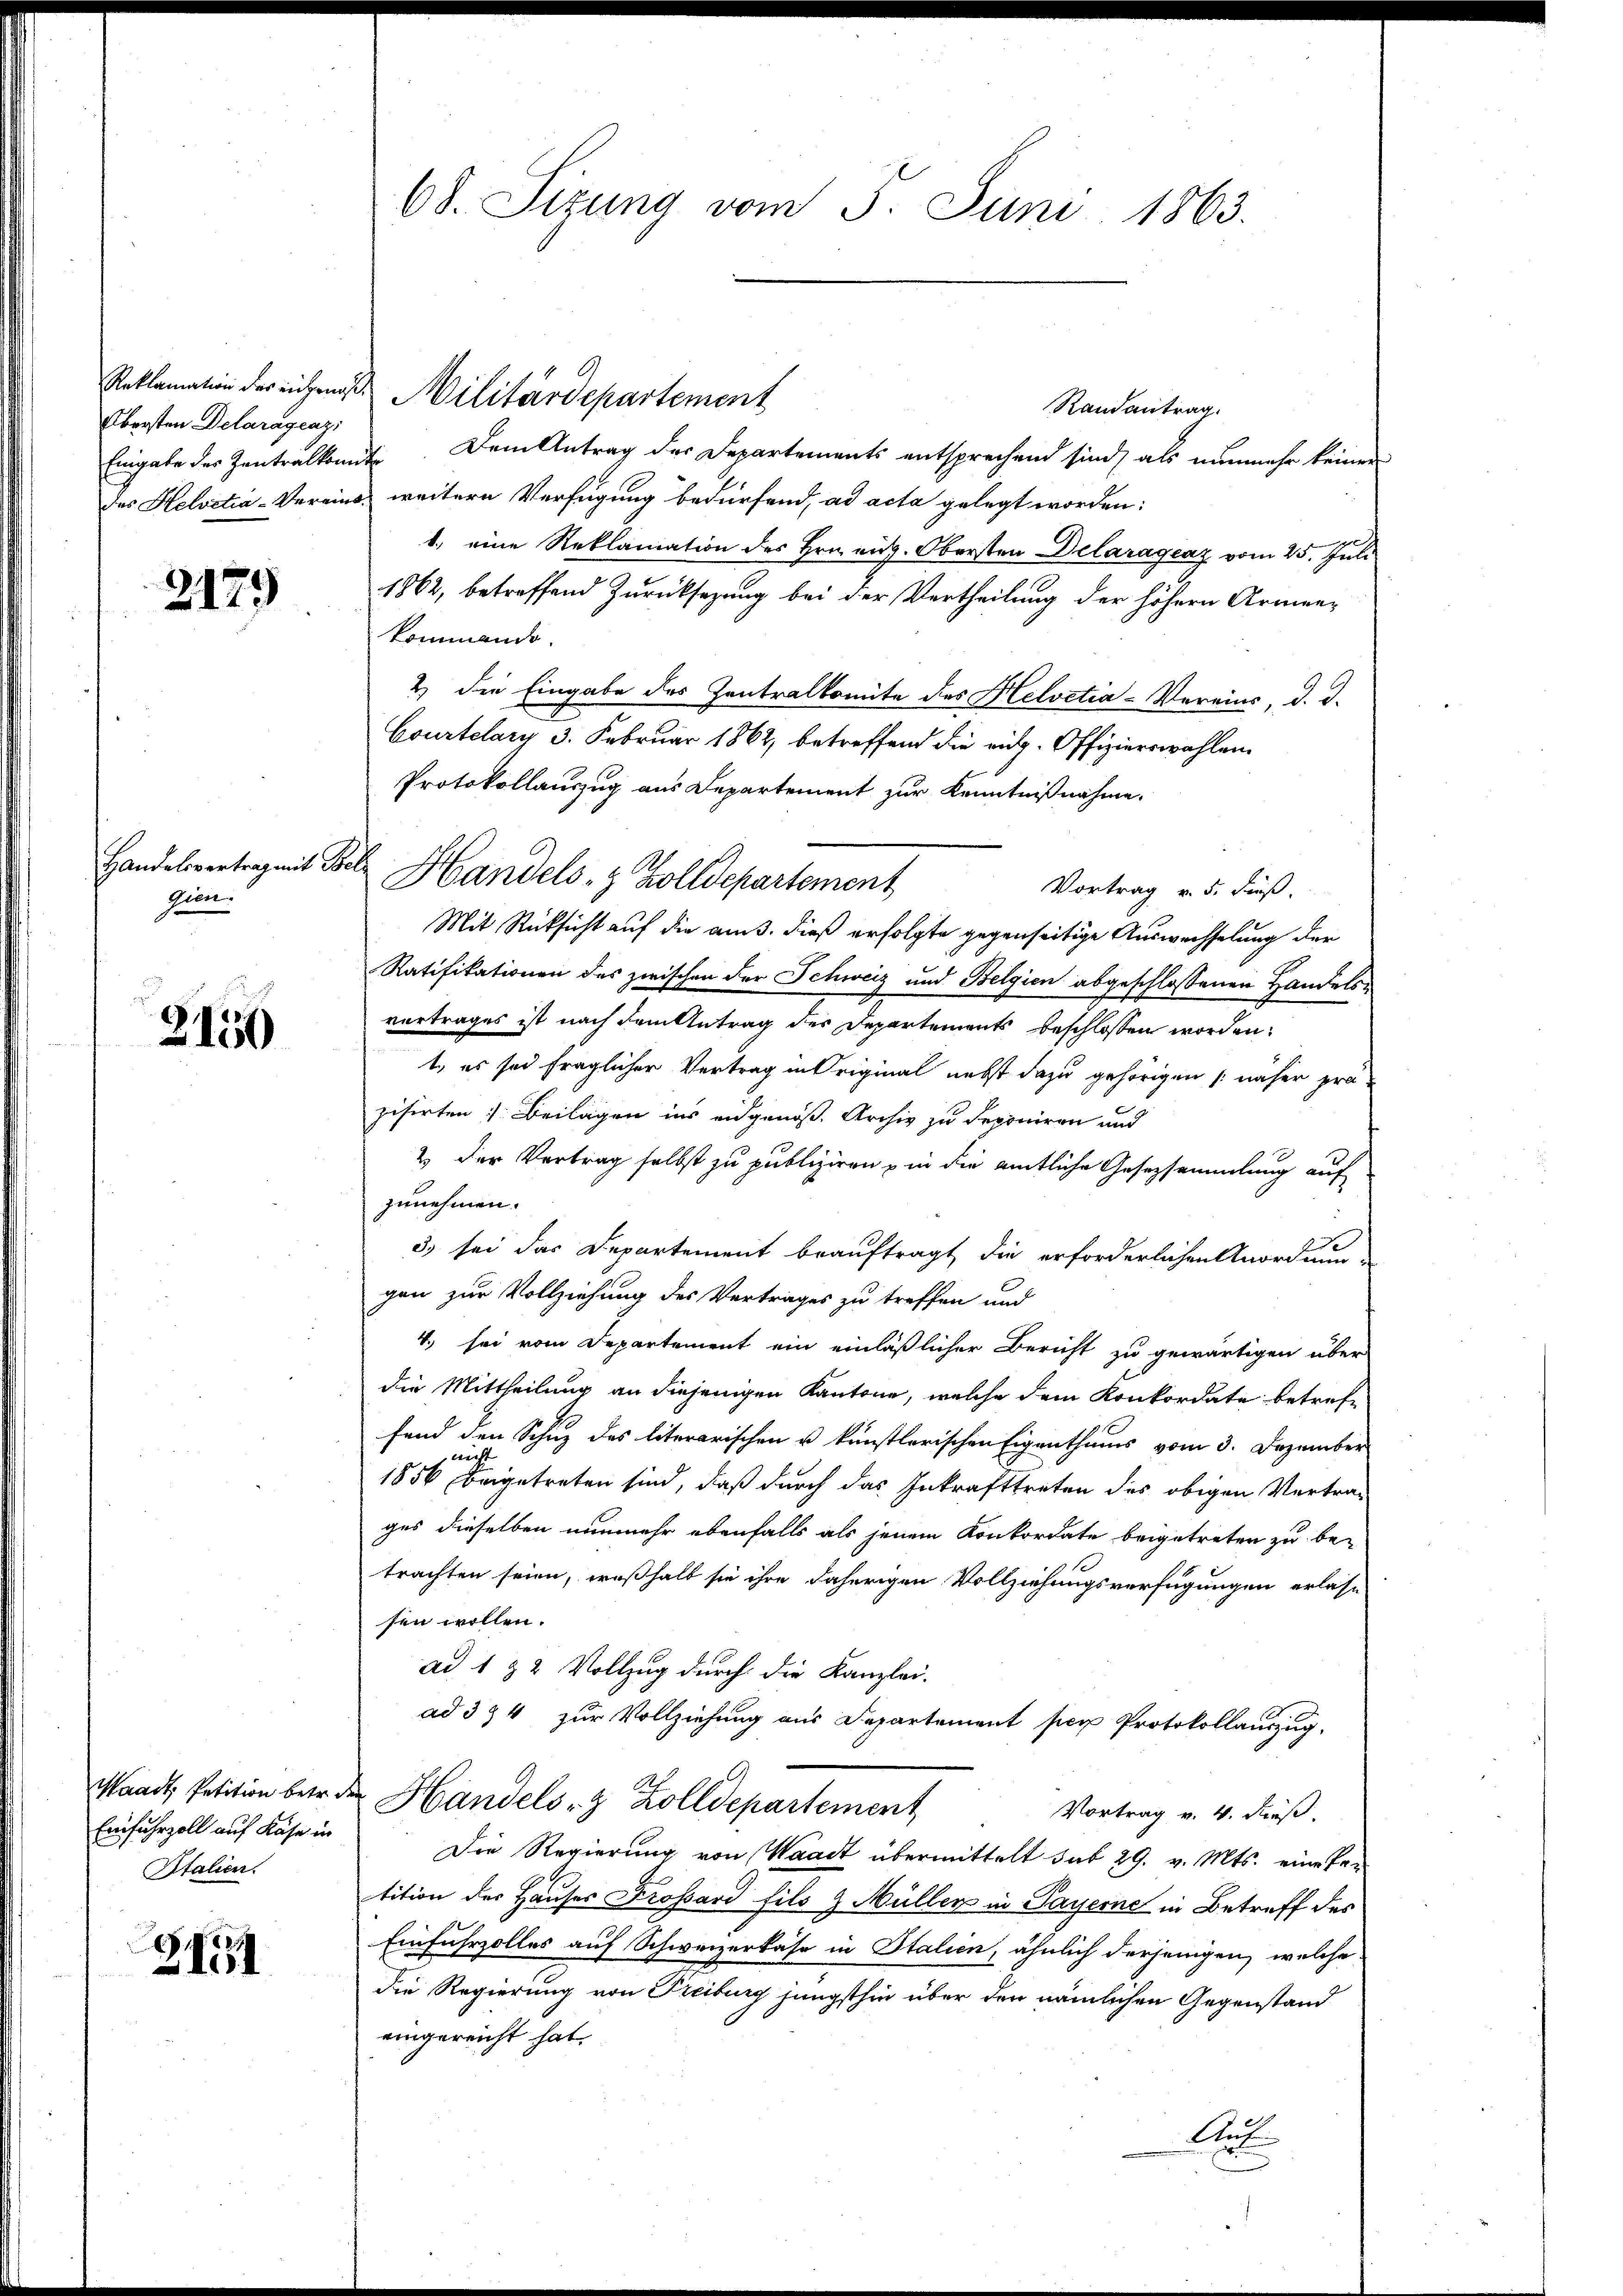
Obersten Delaragcazi

2179

Handelsvertrag mit Be
zem.

3150

Waadt, Petition betre
Einfuhrzoll auf Käse in
Italien.

24194

68. Sizung vom 5. Juni 1863.

Randantrag.
Eingabe des Zentralkont. Dem Antrag der Departements entsprechend sind, als nunmehr keiner
des Helvetia-Vereins weitern Verfügung bedürfend, ad acta gelegt worden:
1.) eine Reklamation des Hrn. eit. Obersten Delaragenz vom 25. Juli
1862, betreffend Zurücksezung bei der Vertheilung der höhern Armenkommando.
2.) Die Eingabe des Zentralkomite des Helvetia-Vereins, d. d.
Courtelary 3. Februar 1862, betreffend die eidg. Offizierswahlen
Protokollauszug aus Departement zur Kenntnißnahme.
 Handels- & Zolldepartement
Vortrag v. 5. Fuß.
Mit Rücksicht auf die am 3. dieß erfolgte gegenseitige Auswechselung der
Ratifikationen des zwischen der Schweiz und Belgien abgeschlossenen Handelsvortrages ist nach dem Antrag der Departements beschlossen worden.
t, es sei fraglicher Vertrag in Original nebst dazu gehörigen näher proziserten: Beilagen ins eidgenöß. Archiv zu deponiren und
2.) Der Vertrag selbst zu publiziren in die amtliche Gesezsammlung auf
zunehmen.
3) sei das Departement beauftragt, die erforderlichen Anordnun-
gen zur Vollziehung des Vertrages zu treffen und
4. sei vom Departement ein einläßlicher Bericht zu gewärtigen über
die Mittheilung an diejenigen Kantone, welche dem Konkordate betreffend den Schuz des literarischen u künstlerischen Eigenthums vom 3. Dezember
1856 beigetreten sind, daß durch das Inkrafttreten des obigen Vertra-
ges dieselben nunmehr ebenfalls als jenem Konkordate beigetreten zu be-
1
trachten seien, weßhalb sie ihre daherigen Vollziehungsverfügungen erlassen wollen.
ad 1 & 2 Vollzug durch die Kanzlei.
ad 324 zur Vollziehung aus Departement per Protokollauszug.
 Handels- & Zolldepartement
Vortrag v. 4. dieß.
Die Regierung von Waadt übermittelt sub 29. v. Mts. eine Pe-
tition der Hauses Frossard fils & Müller in Payerne in Betreff des
Einfuhrzolles auf Schweizerkase in Italien, ähnlich derjenigen, welche
die Regierung von Freiburg jüngsthin über den nämlichen Gegenstand
eingereicht hat.
At

Reklamation der reichen Militärdepartement